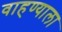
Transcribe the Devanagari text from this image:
वाहण्याला